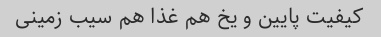
کیفیت پایین و یخ هم غذا هم سیب زمینی